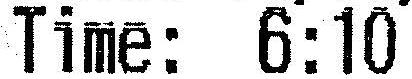
TIME: 6:10